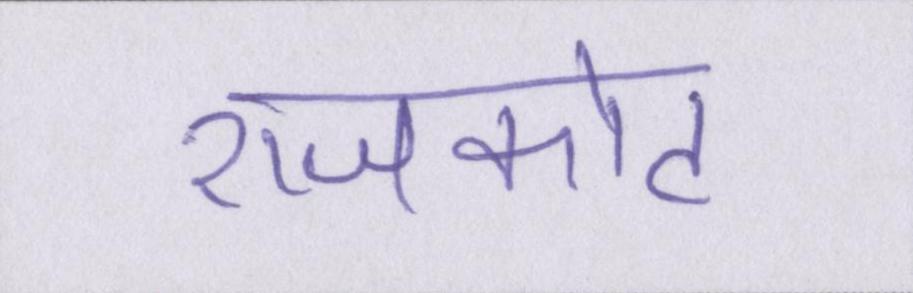
राजकोट